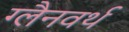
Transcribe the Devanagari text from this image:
ग्लैनवर्थ